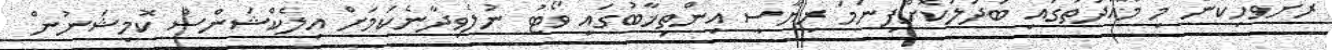
ރަށްވެހިކަން މި މުއްދަތުގައި ބަދަލުކޮށްފިނަމަ ރިޔާސީ އިންތިޚާބުގައި ވޯޓު ނުލެވިދާނެކަމަށް އިލެކްޝަންސް ކޮމިޝަނުން